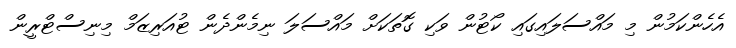
އެހެންކަމުން މި މައްސަލައިގައި ކޯޓުން ވަކި ގޮތަކަށް މައްސަލަ ނިމެންދެން ޓުއަރިޒަމް މިނިސްޓްރީން